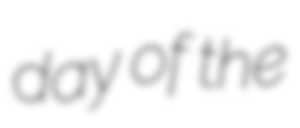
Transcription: day of the